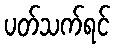
ပတ်သက်ရင်